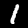
Digit: 1